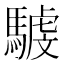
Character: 𩤾